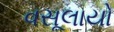
વસૂલાયો